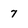
Character: 7